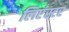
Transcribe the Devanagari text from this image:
लिएंस्टर